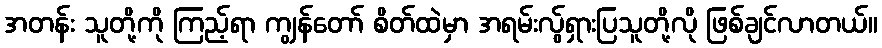
အတန်း သူတို့ကို ကြည့်ရာ ကျွန်တော် စိတ်ထဲမှာ အရမ်းလွ်ရှားပြသူတို့လို ဖြစ်ချင်လာတယ်။